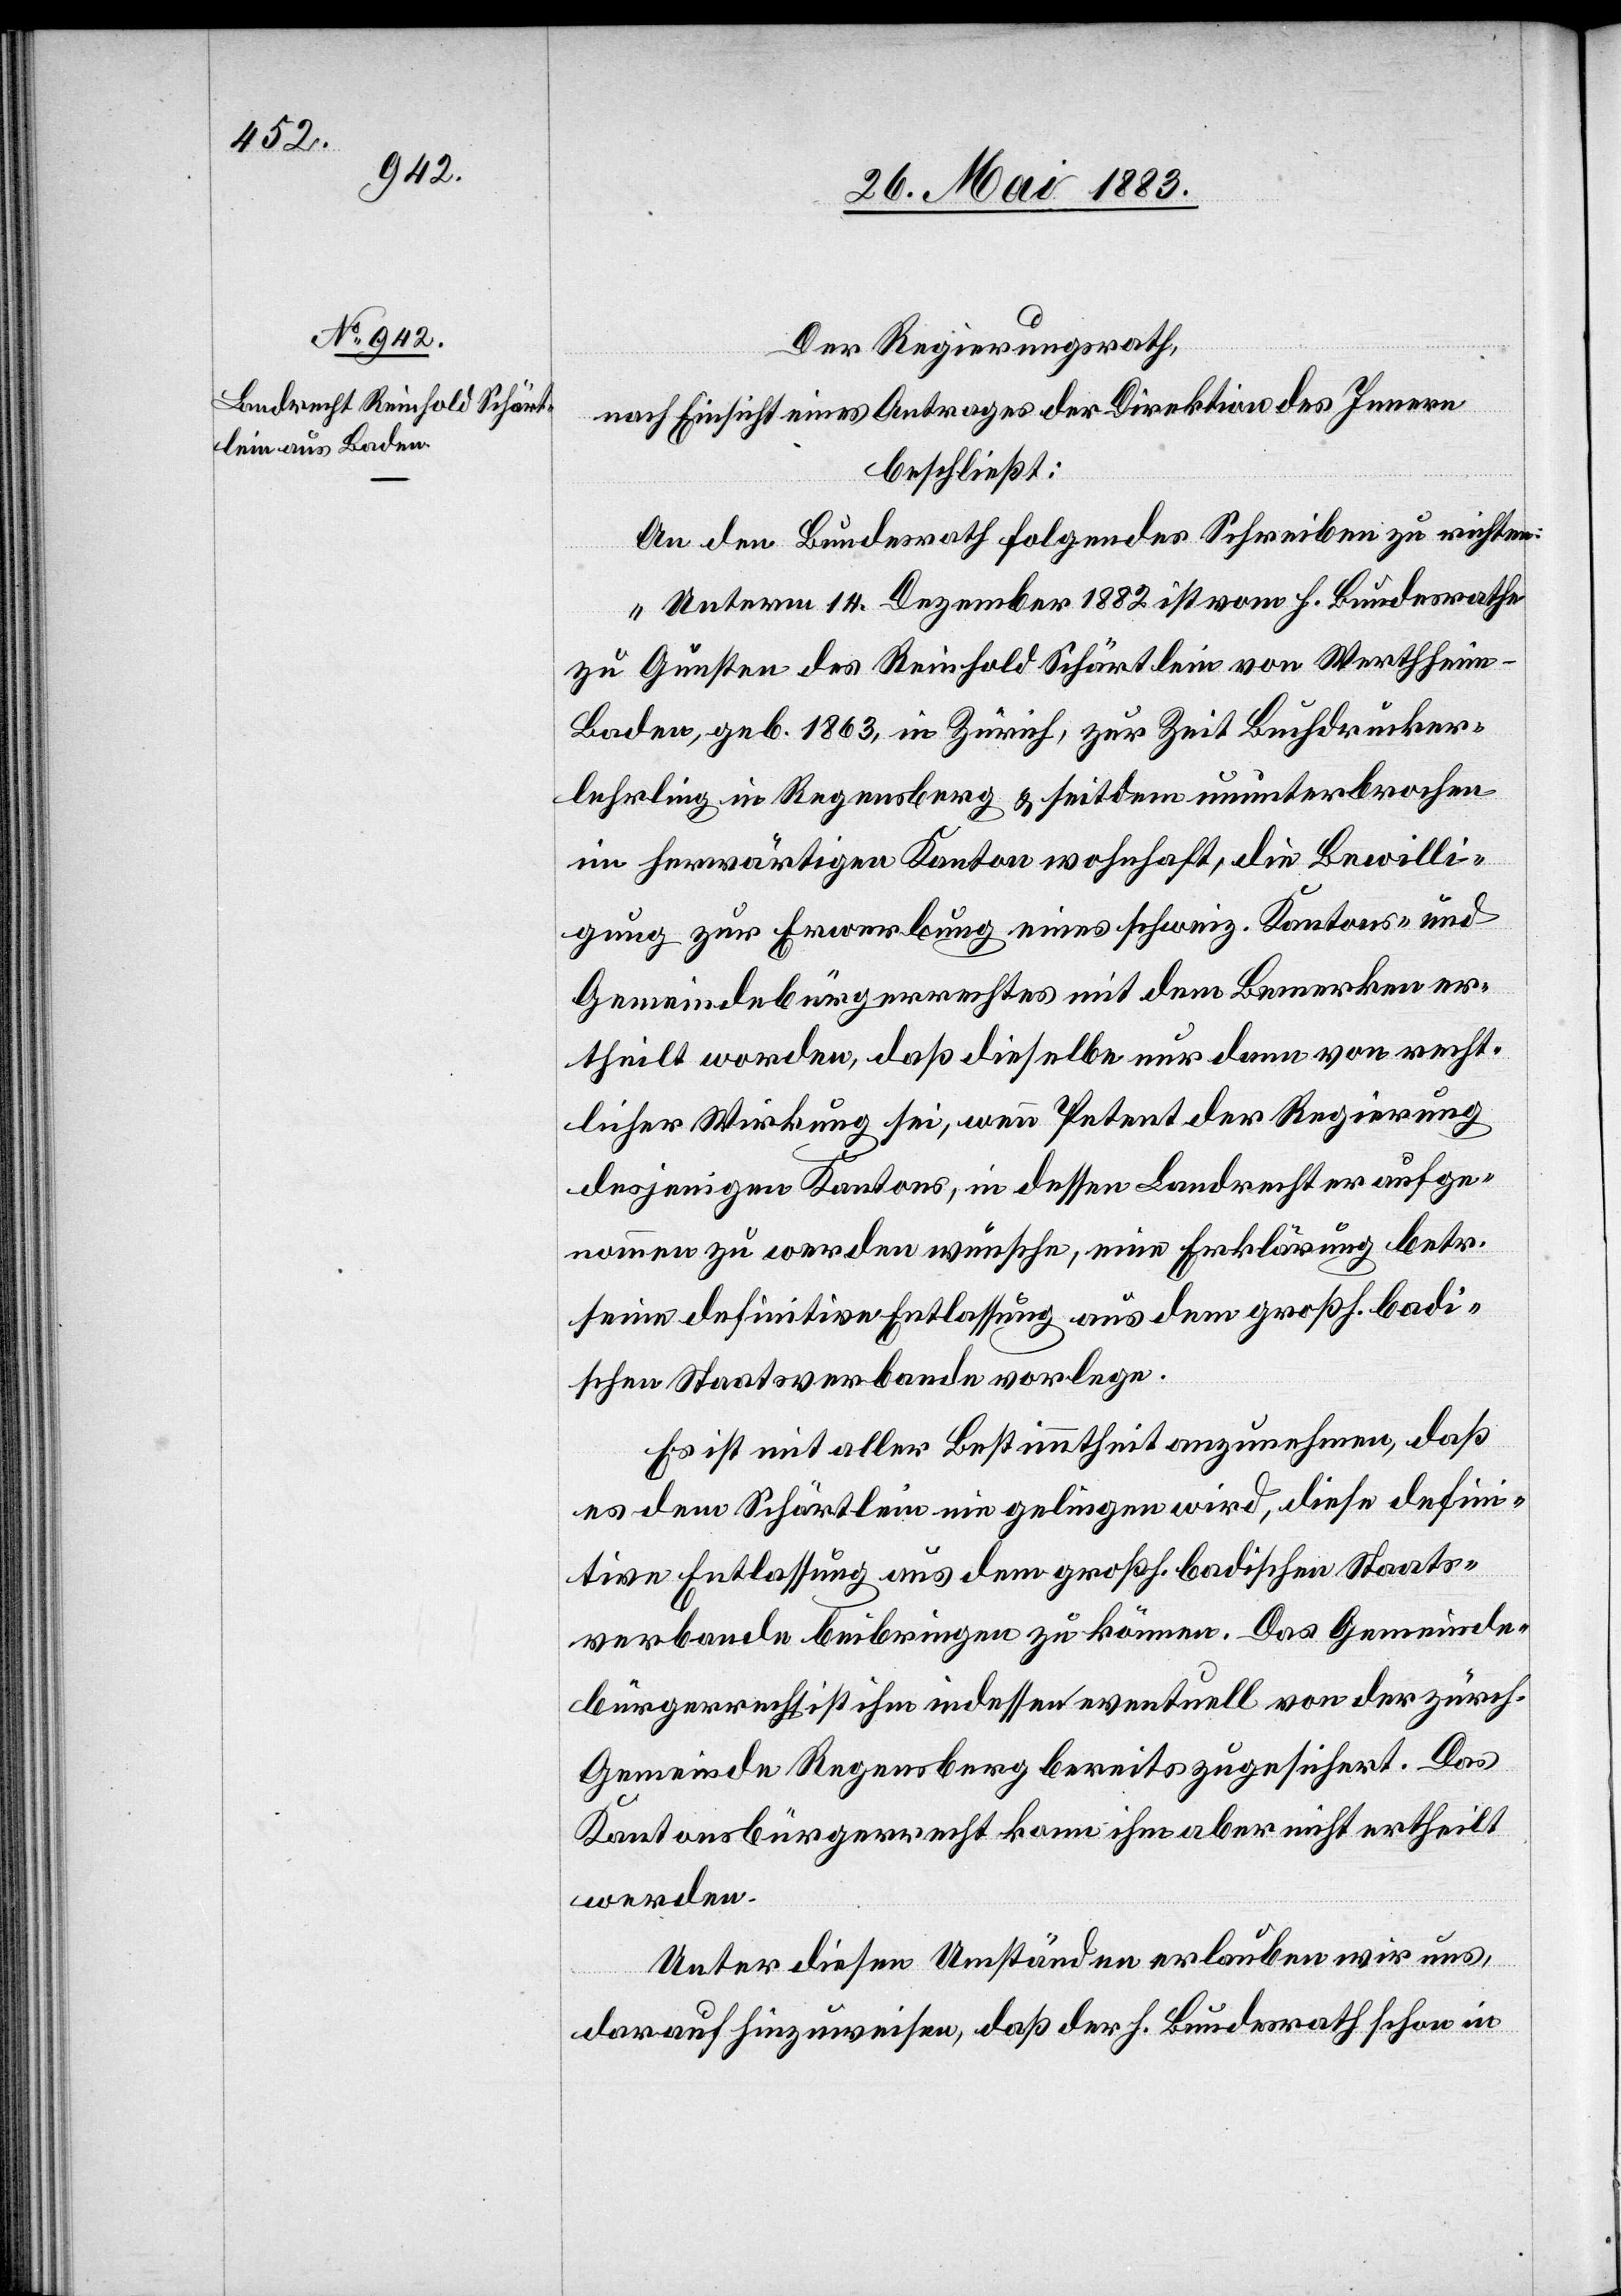
Der Regierungsrath,
nach Einsicht eines Antrages der Direktion des Innern,
beschließt:
An den Bundesrath folgendes Schreiben zu richten:
„Unterm 14. Dezember 1882 ist vom h. Bundesrathe
zu Gunsten des Reinhold Schärtlein von Werthheim
Baden, geb. 1863, in Zürich, zur Zeit Buchdrucker¬
lehrling in Regensberg & seitdem ununterbrochen
im herwärtigen Kanton wohnhaft, die Bewilli¬
gung zur Erwerbung eines schweiz. Kantons- und
Gemeindebürgerrechtes mit dem Bemerken er¬
theilt worden, daß dieselbe nur dann von recht¬
licher Wirkung sei, wenn Petent der Regierung
desjenigen Kantons, in dessen Landrecht er aufge¬
nommen zu werden wünsche, eine Erklärung betr.
seine definitive Entlassung aus dem großh. badi¬
schen Staatsverbande vorlege.
Es ist mit aller Bestimmtheit anzunehmen, daß
es dem Schärtlein nie gelingen wird, diese defini¬
tive Entlassung aus dem großh. badischen Staats¬
verbande beibringen zu können. Das Gemeinde¬
bürgerrecht ist ihm indessen eventuell von der zürch.
Gemeinde Regensberg bereits zugesichert. Das
Kantonsbürgerrecht kann ihm aber nicht ertheilt
werden.
Unter diesen Umständen erlauben wir uns,
darauf hinzuweisen, daß der h. Bundesrath schon in